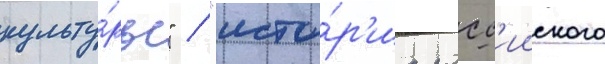
культу́ры" / "исто́р'иа росс'ииского